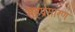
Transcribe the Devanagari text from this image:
सहप्रसारण